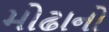
મોઢાનો